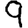
Digit: 9